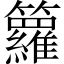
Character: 籮